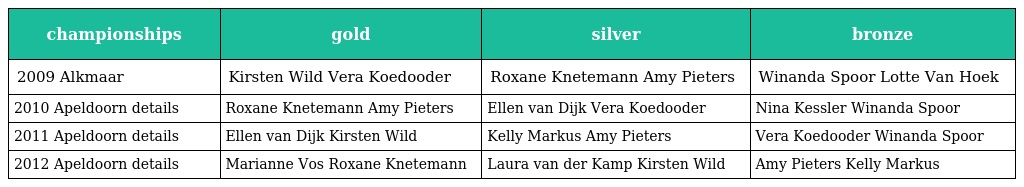
| championships | gold | silver | bronze |
 | --- | --- | --- | --- |
 | 2009 Alkmaar | Kirsten Wild Vera Koedooder | Roxane Knetemann Amy Pieters | Winanda Spoor Lotte Van Hoek |
 | 2010 Apeldoorn details | Roxane Knetemann Amy Pieters | Ellen van Dijk Vera Koedooder | Nina Kessler Winanda Spoor |
 | 2011 Apeldoorn details | Ellen van Dijk Kirsten Wild | Kelly Markus Amy Pieters | Vera Koedooder Winanda Spoor |
 | 2012 Apeldoorn details | Marianne Vos Roxane Knetemann | Laura van der Kamp Kirsten Wild | Amy Pieters Kelly Markus |